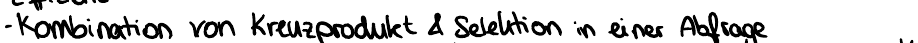
- Kombination von Kreuzprodukt & Selektion in einer Abfrage